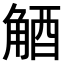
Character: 𧣮